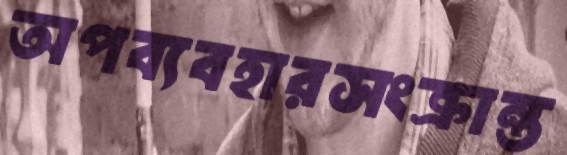
অপব্যবহারসংক্রান্ত